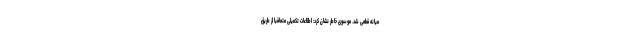
میانه قطعی شد. موسوی خاطر نشان کرد: اطلاعات تکمیلی متعاقبا از طریق